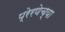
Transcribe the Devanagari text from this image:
प्रेरणेच्या